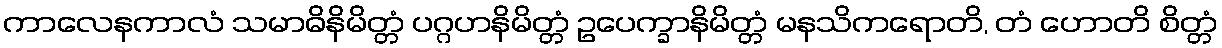
ကာလေနကာလံ သမာဓိနိမိတ္တံ ပဂ္ဂဟနိမိတ္တံ ဥပေက္ခာနိမိတ္တံ မနသိကရောတိ, တံ ဟောတိ စိတ္တံ